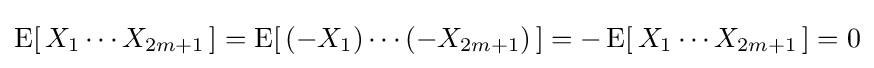
\operatorname {E} [\,X_{1}\cdots X_{2m+1}\,]=\operatorname {E} [\,(-X_{1})\cdots (-X_{2m+1})\,]=-\operatorname {E} [\,X_{1}\cdots X_{2m+1}\,]=0